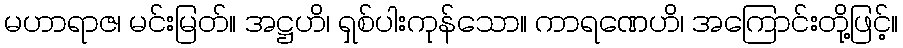
မဟာရာဇ၊ မင်းမြတ်။ အဋ္ဌဟိ၊ ရှစ်ပါးကုန်သော။ ကာရဏေဟိ၊ အကြောင်းတို့ဖြင့်။